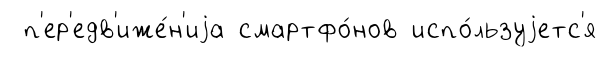
п'ер'едв'иже́н'иjа смартфо́нов испо́льзуjетс'я